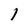
Character: 1